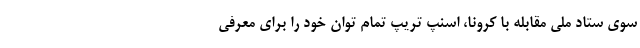
سوی ستاد ملی مقابله با کرونا، اسنپ تریپ تمام توان خود را برای معرفی